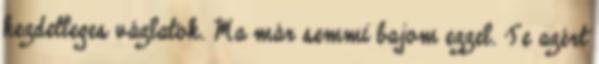
kezdetleges vázlatok. Ma már semmi bajom ezzel. Te azért